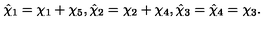
\hat { \chi } _ { 1 } = \chi _ { 1 } + \chi _ { 5 } , \hat { \chi } _ { 2 } = \chi _ { 2 } + \chi _ { 4 } , \hat { \chi } _ { 3 } = \hat { \chi } _ { 4 } = \chi _ { 3 } .